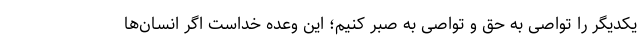
یکدیگر را تواصی به حق و تواصی به صبر کنیم؛ این وعده خداست اگر انسان‌ها